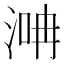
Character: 𣶞